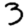
Digit: 3